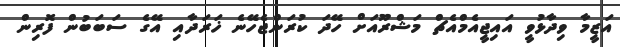
އަޒީމާ ވިދާޅުވީ އައިޖީއެމްއެޗް މަޝްރޫއަށް ހޭދަ ކުރަންޖެހޭނެ ޚަރަދާއި އޭގެ ސަބަބުން ފޮރިން